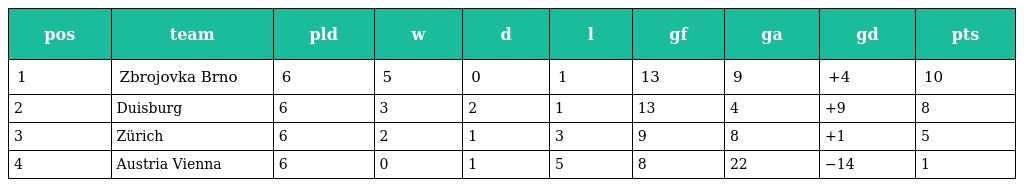
| pos | team | pld | w | d | l | gf | ga | gd | pts |
 | --- | --- | --- | --- | --- | --- | --- | --- | --- | --- |
 | 1 | Zbrojovka Brno | 6 | 5 | 0 | 1 | 13 | 9 | +4 | 10 |
 | 2 | Duisburg | 6 | 3 | 2 | 1 | 13 | 4 | +9 | 8 |
 | 3 | Zürich | 6 | 2 | 1 | 3 | 9 | 8 | +1 | 5 |
 | 4 | Austria Vienna | 6 | 0 | 1 | 5 | 8 | 22 | −14 | 1 |